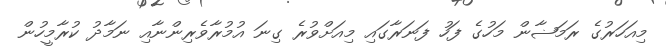
މިއަހަރުގެ ރަމަޟާން މަހުގެ ފަހު ފަނަރާގައި މިއަށްވުރެ ގިނަ އުމުރާވެރިންނާއި ނަމާދު ކުރާމީހުން